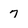
Character: 7